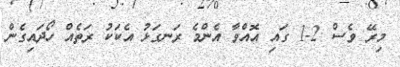
މިރޭ ވެސް 2-1 ގައި އޮއްވާ އެންމެ ރަނގަޅު އެކަކު ރަތެއް ހޯދައިގެން